Report on plague in the Punjab from October 1st ... to September 30th ..., being the ... season of plague in the province
Disease focus: Plague
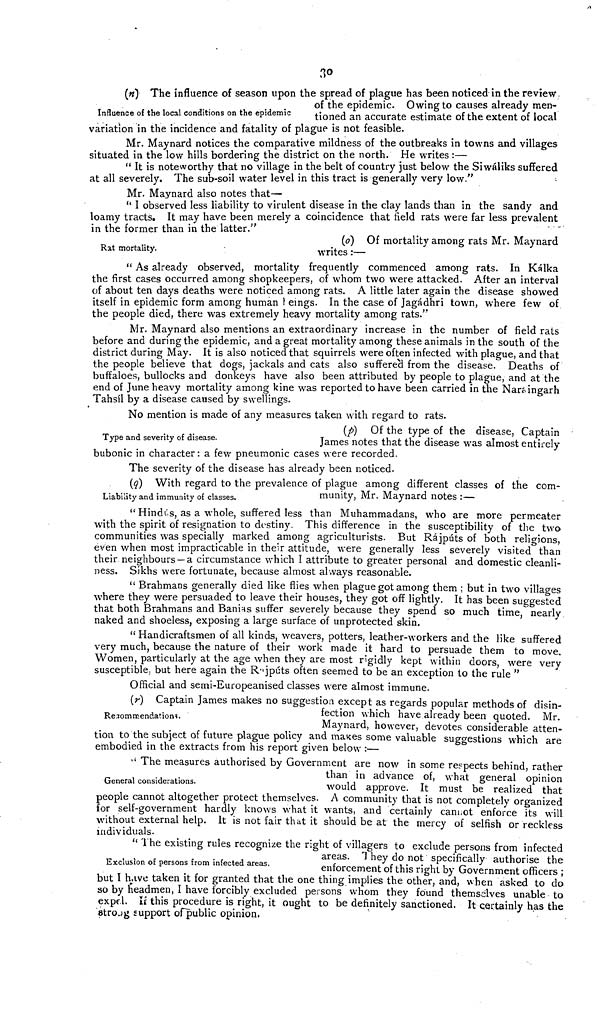
Influence of the local conditions on the epidemic
30
(n) The influence of season upon the spread of plague has been noticed in the review.
of the epidemic. Owing to causes already men-
tioned an accurate estimate of the extent of local
variation in the incidence and fatality of plague is not feasible.
Mr. Maynard notices the comparative mildness of the outbreaks in towns and villages
situated in the low hills bordering the district on the north. He writes :—
" It is noteworthy that no village in the belt of country just below the Siwáliks suffered
at all severely. The sub-soil water level in this tract is generally very low."
Mr. Maynard also notes that—
" I observed less liability to virulent disease in the clay lands than in the sandy and
loamy tracts. It may have been merely a coincidence that field rats were far less prevalent
in the former than in the latter."
• -
Rat mortality.
(0) Of mortality among rats Mr. Maynard
writes :—
" As already observed, mortality frequently commenced among rats. In Kálka
the first cases occurred among shopkeepers, of whom two were attacked. After an interval
of about ten days deaths were noticed among rats. A little later again the disease showed
itself in epidemic form among human eings. In the case of Jagádhri town, where few of
the people died, there was extremely heavy mortality among rats."
Mr. Maynard also mentions an extraordinary increase in the number of field rats
before and during the epidemic, and a great mortality among these animals in the south of the
district during May. It is also noticed that squirrels were often infected with plague, and that
the people believe that dogs, jackals and cats also sufferecl from the disease. Deaths of
buffaloes, bullocks and donkeys have also been attributed by people to plague, and at the
end of June heavy mortality among kine was reported to have been carried in the Naróingarh
Tahsíl by a disease caused by swellings.
Type and severity of disease.
No mention is made of any measures taken with regard to rats.
(p) Of the type of the disease, Captain
James notes that the disease was almost entirely
bubonic in character: a few pneumonic cases were recorded.
The severity of the disease has already been noticed.
Liability and immunity of classes.
(q) With regard to the prevalence of plague among different classes of the com-
munity, Mr. Maynard notes :—
"Hindus, as a whole, suffered less than Muhammadans, who are more permeater
with the spirit of resignation to destiny. This difference in the susceptibility of the two
communities was specially marked among agriculturists. But Rajputs of both religions,
even when most impracticable in their attitude, were generally less severely visited than
their neighbours —a circumstance which I attribute to greater personal and domestic cleanli-
ness. Sikhs were fortunate, because almost always reasonable.
" Brahmans generally died like flies when plague got among them ; but in two villages
where they were persuaded to leave their houses, they got off lightly. It has been suggested
that both Brahmans and Banias suffer severely because they spend so much time," nearly
naked and shoeless, exposing a large surface of unprotected skin.
" Handicraftsmen of all kinds, weavers, potters, leather-workers and the like suffered
very much, because the nature of their work made it hard to persuade them to move.
Women, particularly at the age when they are most rigidly kept within doors, were very
susceptible, but here again the Rajputs often seemed to be an exception to the rule "
Official and semi-Europeanised classes were almost immune.
Recommendations.
(r) Captain James makes no suggestion except as regards popular methods of disin-
fection which have already been quoted. Mr.
Maynard, however, devotes considerable atten-
tion to the subject of tuture plague policy and makes some valuable suggestions which are
embodied in the extracts from his report given below :—
General considerations.
" The measures authorised by Government are now in some respects behind, rather
than in advance of, what general opinion
would approve. It must be realized that-
people cannot altogether protect themselves. A community that is not completely organized
for self-government hardly knows what it wants, and certainly cannot enforce its will
without external help. It is not fair that it should be at the mercy of selfish or reckless
individuals.
Exclusion of persons from infected areas.
" The existing rules recognize the right of villagers to exclude persons from infected
areas. They do not specifically authorise the
enforcement of this rieht by Government- offirers ;
but I have taken it for granted that the one thing implies the other, and, when asked to do
so by headmen, I have forcibly excluded persons whom they found themselves unable to
expel. If this procedure is right, it ought to be definitely sanctioned. It certainly has the
stroug support of public opinion.